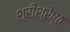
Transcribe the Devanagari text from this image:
श्रीश्रेष्ठ